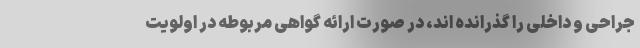
جراحی و داخلی را گذرانده اند، در صورت ارائه گواهی مربوطه در اولویت